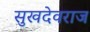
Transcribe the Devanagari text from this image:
सुखदेवराज